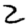
Digit: 2